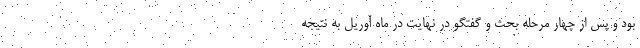
بود و پس از چهار مرحله بحث و گفتگو در نهایت در ماه آوریل به نتیجه